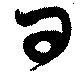
曰